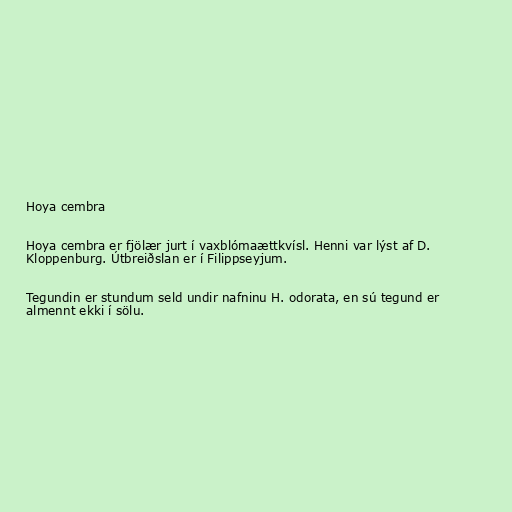
Hoya cembra

Hoya cembra er fjölær jurt í vaxblómaættkvísl. Henni var lýst af D.
Kloppenburg. Útbreiðslan er í Filippseyjum.

Tegundin er stundum seld undir nafninu H. odorata, en sú tegund er
almennt ekki í sölu.